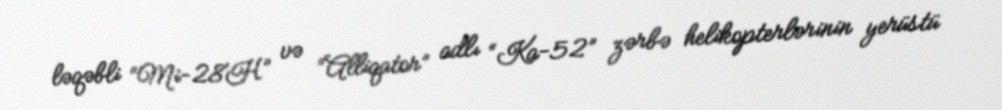
ləqəbli “Mi-28H” və “Alliqator” adlı “Ka-52” zərbə helikopterlərinin yerüstü